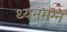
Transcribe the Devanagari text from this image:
ध्‍यनमग्‍न